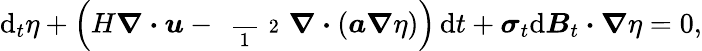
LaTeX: \mathrm{d}_{t}\eta+\Big(H\boldsymbol{\nabla}\boldsymbol{\cdot}\boldsymbol{u}-\mathrm{~\scriptsize~\frac~{~1~}~{~2~}~}\boldsymbol{\nabla}\boldsymbol{\cdot}(\boldsymbol{a}\boldsymbol{\nabla}\eta)\Big)\, \mathrm{d}t+\boldsymbol{\sigma}_{t}\mathrm{d}\boldsymbol{B}_{t}\boldsymbol{\cdot}\boldsymbol{\nabla}\eta=0,